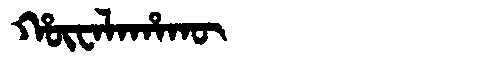
Manchu: ᡥᡡᠸᠠᠯᠠᡥᠠᡴᡡ
Romanization: HŪWALAHAKŪ